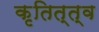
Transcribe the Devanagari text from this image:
कृतित्त्व